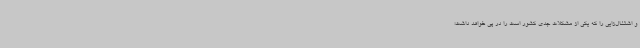
و اشتغال‌زایی را که یکی از مشکلات جدی کشور است را در پی خواهد داشت؛